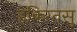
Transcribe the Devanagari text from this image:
हकिग्तसु